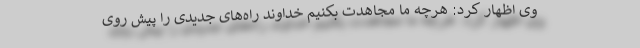
وی اظهار کرد: هرچه ما مجاهدت بکنیم خداوند راه‌های جدیدی را پیش روی